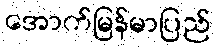
အောက်မြန်မာပြည်